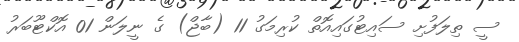
ސީ ތިލަފުށި ސައިޓުގައިއޮތް ކުރިމަގު 11 (ބާޖް) ގެ ނީލަން 01 އޮކްޓޫބަރު